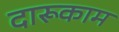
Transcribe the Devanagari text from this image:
दारूकाम